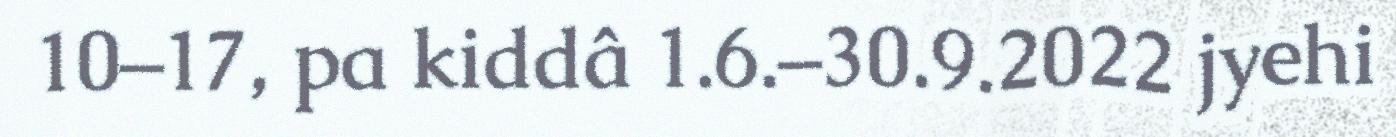
10–17, pa kiddâ 1.6.–30.9.2022 jyehi